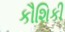
કૌશિકી